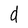
Character: d